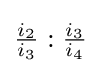
{\tfrac {i_{2}}{i_{3}}}:{\tfrac {i_{3}}{i_{4}}}